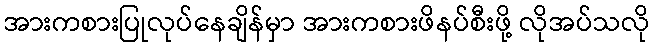
အားကစားပြုလုပ်နေချိန်မှာ အားကစားဖိနပ်စီးဖို့ လိုအပ်သလို